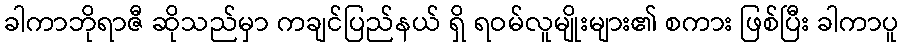
ခါကာဘိုရာဇီ ဆိုသည်မှာ ကချင်ပြည်နယ် ရှိ ရဝမ်လူမျိုးများ၏ စကား ဖြစ်ပြီး ခါကာပူ